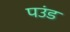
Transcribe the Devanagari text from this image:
पउंड